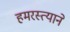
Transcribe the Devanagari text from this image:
हमरस्त्याने